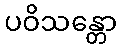
ပဝိသန္တော